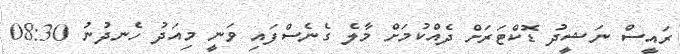
ރައީސް ނަޝީދު ޑޮކްޓަރަށް ދެއްކުމަށް މާލެ ގެނެސްފައި ވަނީ މިއަދު ހެނދުނު 08:30